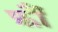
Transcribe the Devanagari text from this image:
फ़ौं